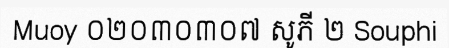
Muoy ០២០៣០៣០៧ សូភី ២ Souphi